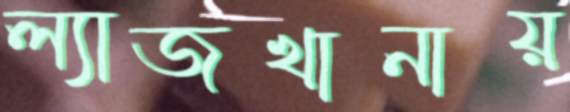
ল্যাজখানায়